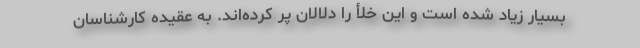
بسیار زیاد شده است و این خلأ را دلالان پر کرده‌اند. به عقیده کارشناسان